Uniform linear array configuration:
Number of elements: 24
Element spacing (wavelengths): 0.25
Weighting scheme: kaiser
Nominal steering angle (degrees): -15
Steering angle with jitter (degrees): -14.924
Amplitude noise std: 0.05
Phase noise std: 0.05

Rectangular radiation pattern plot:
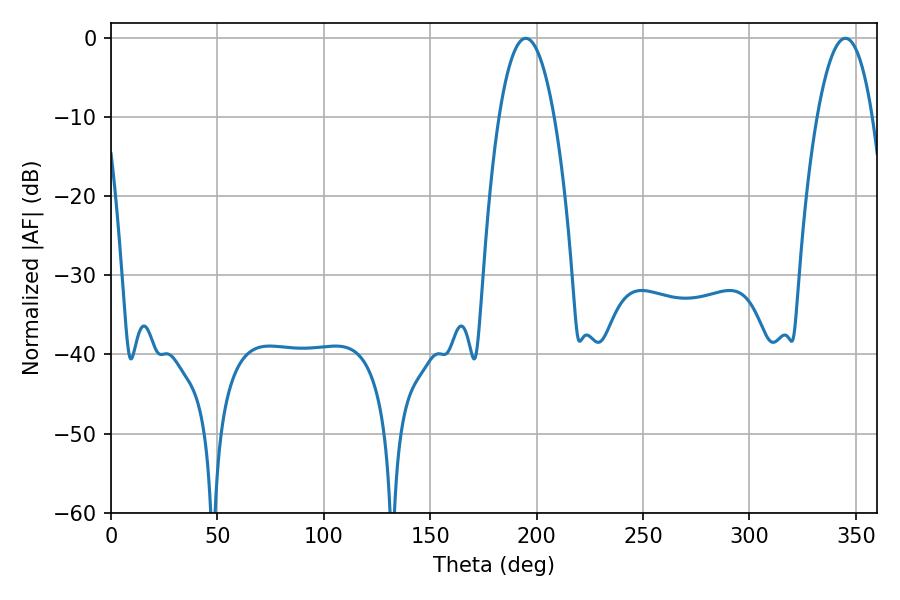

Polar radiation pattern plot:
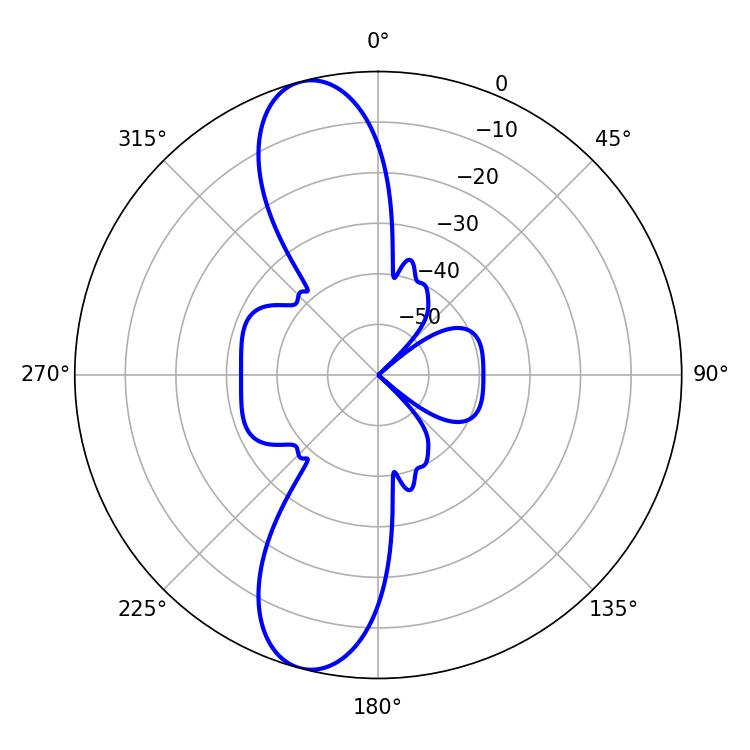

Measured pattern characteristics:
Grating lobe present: FALSE
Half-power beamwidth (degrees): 14.4
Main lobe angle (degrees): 194.94